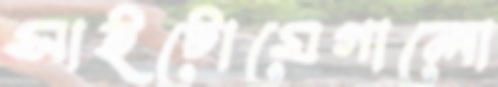
সাইটোমেগালো